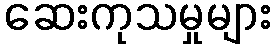
ဆေးကုသမှုများ